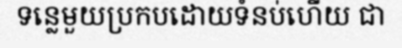
ទន្លេមួយប្រកបដោយទំនប់ហើយ ជា